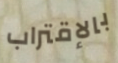
بالإقتراب